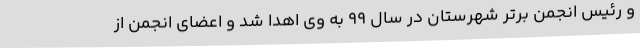
و رئیس انجمن برتر شهرستان در سال 99 به وی اهدا شد و اعضای انجمن از